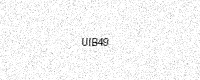
Text: UIB49